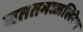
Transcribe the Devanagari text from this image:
सततमज्जलिरेष